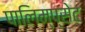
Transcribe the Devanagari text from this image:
पालिम्प्सेट